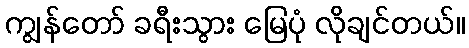
ကျွန်တော် ခရီးသွား မြေပုံ လိုချင်တယ်။